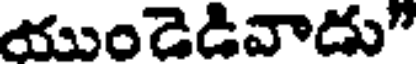
యుండెడివాడు"